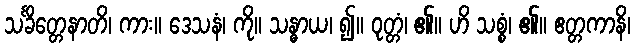
သင်္ခိတ္တေနာတိ၊ ကား။ ဒေသနံ၊ ကို။ သန္ဓာယ၊ ၍။ ဝုတ္တံ၊ ၏။ ဟိ သစ္စံ၊ ၏။ ဧတ္တကာနိ၊